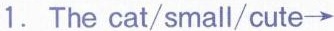
1. The cat/small/cute \rightarrow